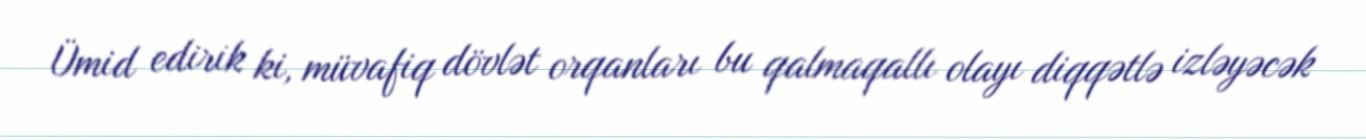
Ümid edirik ki, müvafiq dövlət orqanları bu qalmaqallı olayı diqqətlə izləyəcək